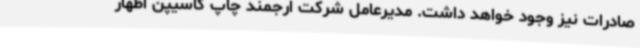
صادرات نیز وجود خواهد داشت. مدیرعامل شرکت ارجمند چاپ کاسیپن اظهار